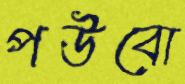
পউবো